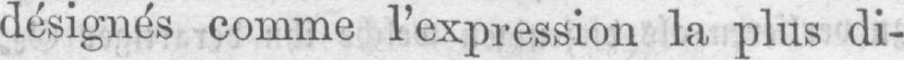
désignés comme l’expression la plus di-